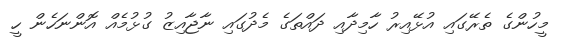
މީހުންގެ ތެރޭގައި އުޅޭއިރު ހާމިދާއި ދައްތަގެ މެދުގައި ނާޖާއިޒު ގުޅުމެއް އޮންނަހެން ހީ